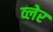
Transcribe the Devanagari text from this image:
व्‍लेर